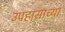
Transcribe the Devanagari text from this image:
उपहासाच्या